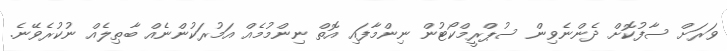
ވަރަށް ސާފުކޮށް ދެންނެވިން ސުޕްރީމްކޯޓުން ނިންމާފައި އޮތް ނިންމުމެއް އަމުރަކުންނެއް ބާޠިލެއް ނުކުރެވޭނެ.